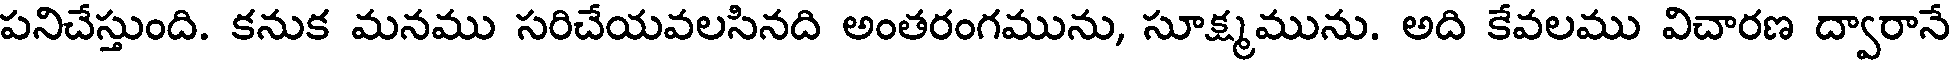
పనిచేస్తుంది. కనుక మనము సరిచేయవలసినది అంతరంగమును, సూక్ష్మమును. అది కేవలము విచారణ ద్వారానే